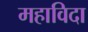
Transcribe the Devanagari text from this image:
महाविदा